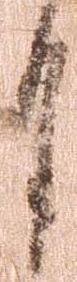
月